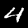
Digit: 4